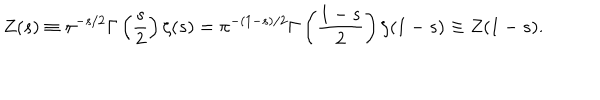
Z ( s ) \equiv \pi ^ { - s / 2 } \Gamma \left( \frac { s } { 2 } \right) \zeta ( s ) = \pi ^ { - ( 1 - s ) / 2 } \Gamma \left( \frac { 1 - s } { 2 } \right) \zeta ( 1 - s ) \equiv Z ( 1 - s ) .